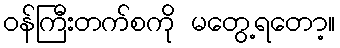
ဝန်ကြီးတက်စကို မတွေ့ရတော့။